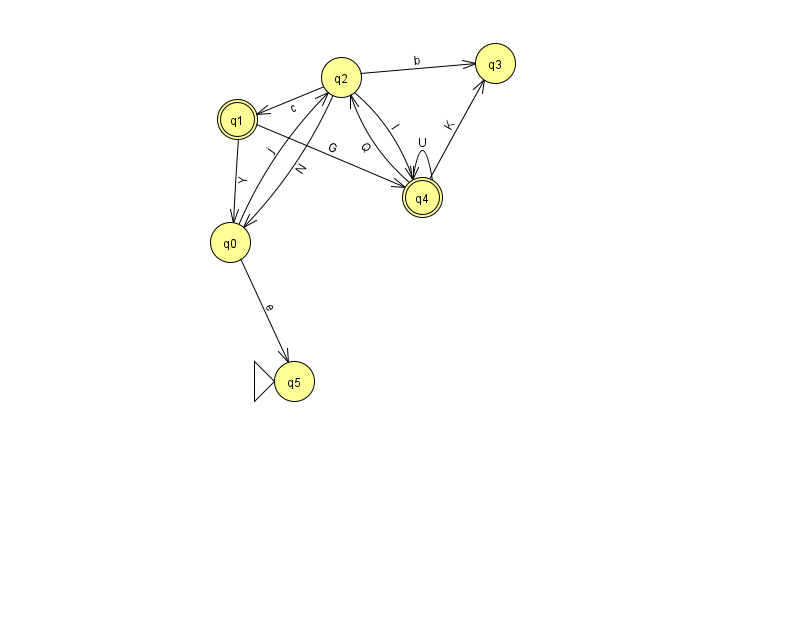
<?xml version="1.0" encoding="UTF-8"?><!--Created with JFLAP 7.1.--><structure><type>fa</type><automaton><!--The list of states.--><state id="0" name="q0"><x>230.0</x><y>229.0</y></state><state id="1" name="q1"><x>237.0</x><y>106.0</y><final/></state><state id="2" name="q2"><x>341.0</x><y>64.0</y></state><state id="3" name="q3"><x>495.0</x><y>50.0</y></state><state id="4" name="q4"><x>422.0</x><y>184.0</y><final/></state><state id="5" name="q5"><x>294.0</x><y>368.0</y><initial/></state><!--The list of transitions.--><transition><from>0</from><to>2</to><read>j</read></transition><transition><from>0</from><to>5</to><read>e</read></transition><transition><from>2</from><to>4</to><read>I</read></transition><transition><from>2</from><to>0</to><read>N</read></transition><transition><from>4</from><to>4</to><read>U</read></transition><transition><from>2</from><to>3</to><read>b</read></transition><transition><from>4</from><to>3</to><read>K</read></transition><transition><from>1</from><to>4</to><read>G</read></transition><transition><from>4</from><to>2</to><read>Q</read></transition><transition><from>1</from><to>0</to><read>Y</read></transition><transition><from>2</from><to>1</to><read>c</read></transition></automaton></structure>